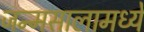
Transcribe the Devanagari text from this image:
जन्मसालामध्ये